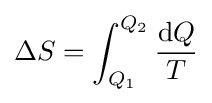
\Delta S=\int _{Q_{1}}^{Q_{2}}{\frac {\mathrm {d} Q}{T}}